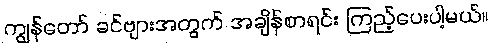
ကျွန်တော် ခင်ဗျားအတွက် အချိန်စာရင်း ကြည့်ပေးပါ့မယ်။